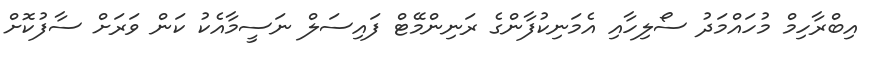
އިބްރާހިމް މުހައްމަދު ސޯލިހާއި އެމަނިކުފާންގެ ރަނިންމޭޓް ފައިސަލް ނަސީމާއެކު ކަން ވަރަށް ސާފުކޮށް